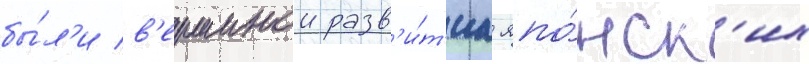
бы́л'и в'ершинои разв'и́т'иа япо́нск'их